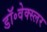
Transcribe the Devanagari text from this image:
डॉ॰वेक्स्लर